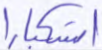
استكبارا